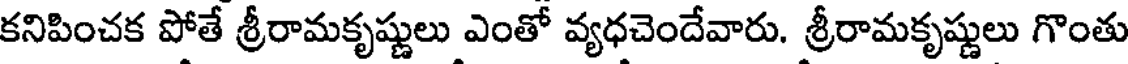
కనిపించక పోతే శ్రీరామకృష్ణులు ఎంతో వ్యధచెందేవారు. శ్రీరామకృష్ణులు గొంతు